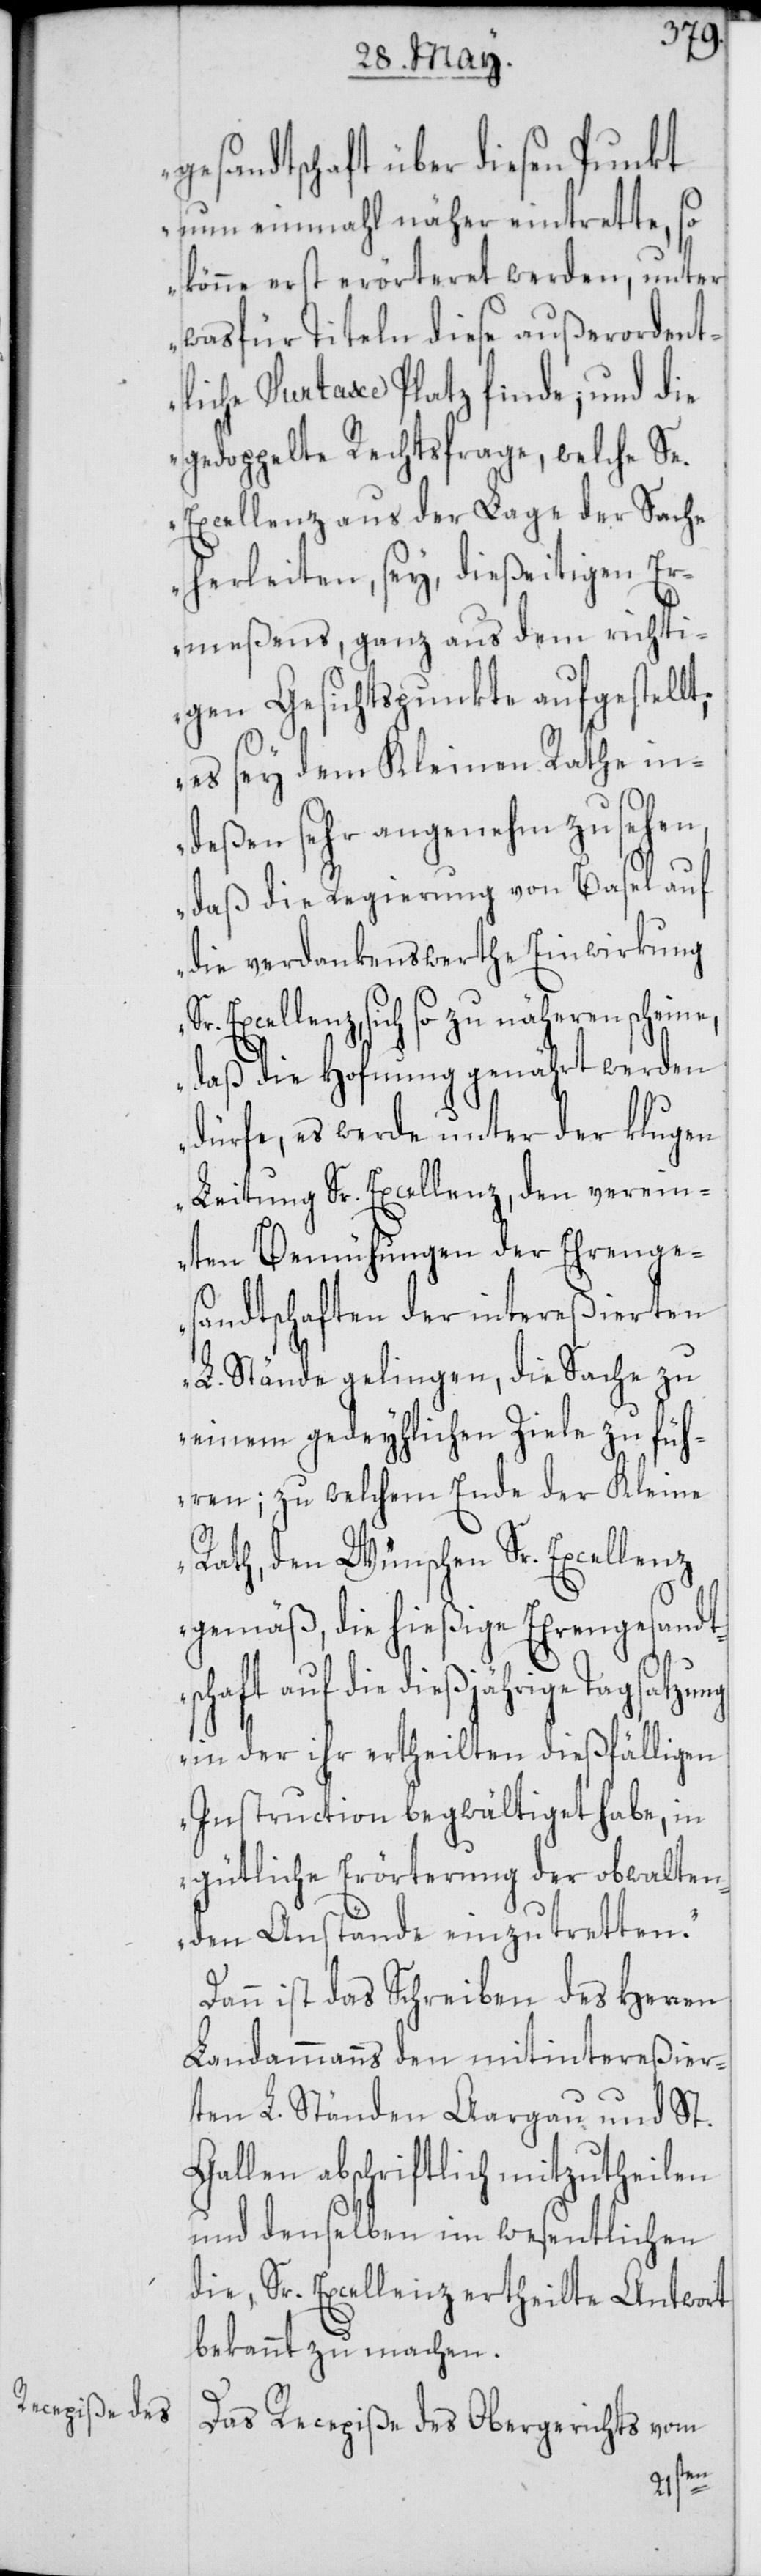
gesandtschaft über diesen Punkt
nun einmahl näher eintrette, so
könne erst erörteret werden, unter
was für Titeln diese außerordent¬
liche Surtaxe Platz finde; und die
gedoppelte Rechtsfrage, welche Se.
Excellenz aus der Lage der Sache
herleiten, sey, dießeitigen Er¬
meßens, ganz aus dem richti¬
gen Gesichtspunkte aufgestellt;
es sey dem Kleinen Rathe in¬
deßen sehr angenehm zu sehen,
daß die Regierung von Basel auf
die verdankenswerthe Einwirkung
Sr. Excellenz, sich so zu näheren scheine,
daß die Hofnung genährt werden
dürfe, es werde unter der klugen
Leitung Sr. Excellenz, den verein¬
ten Bemühungen der Ehrenge¬
sandtschaften der intereßierten
L. Stände gelingen, die Sache zu
einem gedeyhlichen Ziele zu füh¬
ren; zu welchem Ende der Kleine
Rath, den Wünschen Sr. Excellenz
gemäß, die hießige Ehrengesandt¬
schaft auf die dießjährige
in der ihr ertheilten dießfälligen
Instruction begwältiget habe, in
gütliche Erörterung der obwalten¬
den Anstände einzutretten.“
Dann ist das Schreiben des Herren
Landammanns den mitintereßier¬
ten L. Ständen Aargau und St.
Gallen abschriftlich mitzutheilen
und denselben im wesentlichen
die, Sr. Excellenz ertheilte Antwort
bekannt zu machen.
Das Recepiße des Obergerichts vom